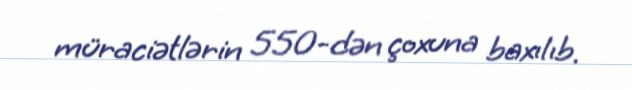
müraciətlərin 550-dən çoxuna baxılıb.